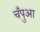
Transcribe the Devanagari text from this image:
चँपुआ